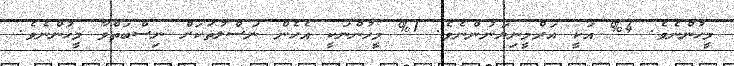
މީހުންނެވެ. 4% އަކީ އަރްމީނިޔަނުންނެވެ. 1% މީހުންނަކީ އެހެން ނަސްލުތަކަށް ނިސްބަތްވާ މީހުންނެވެ.